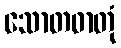
သောတဓာတုံ